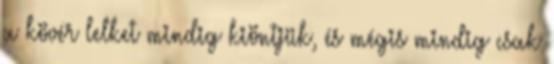
a kövér lelket mindig kiöntjük, és mégis mindig csak